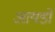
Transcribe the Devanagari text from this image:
आयडो